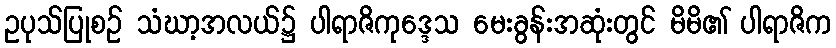
ဥပုသ်ပြုစဉ် သံဃာ့အလယ်၌ ပါရာဇိကုဒ္ဒေသ မေးခွန်းအဆုံးတွင် မိမိ၏ ပါရာဇိက